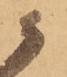
候